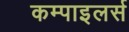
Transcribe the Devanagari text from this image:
कम्पाइलर्स